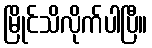
မြိုင်သိလိုက်ပါပြီ။